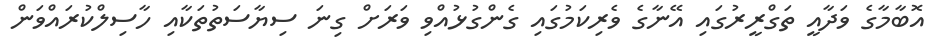
އޮބާމާގެ ވަދާއީ ތަގްރީރުގައި އޭނާގެ ވެރިކަމުގައި ގެންގުޅުއްވި ވަރަށް ގިނަ ސިޔާސަތުތަކާއި ހާސިލްކުރައްވަން